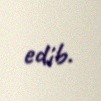
edib.